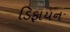
ડિફાયન